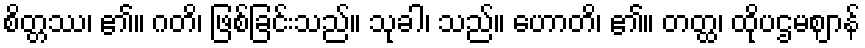
စိတ္တဿ၊ ၏။ ဂတိ၊ ဖြစ်ခြင်းသည်။ သုခါ၊ သည်။ ဟောတိ၊ ၏။ တတ္ထ၊ ထိုပဌမဈာန်